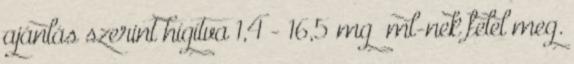
ajánlás szerint hígítva 1,4 - 16,5 mg ml-nek felel meg.